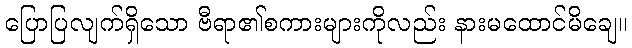
ပြောပြလျက်ရှိသော ဗီရာ၏စကားများကိုလည်း နားမထောင်မိချေ။